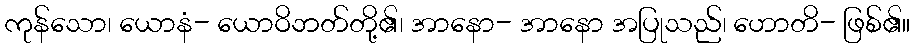
ကုန်သော၊ ယောနံ- ယောဝိဘတ်တို့၏၊ အာနော- အာနော အပြုသည်၊ ဟောတိ- ဖြစ်၏။